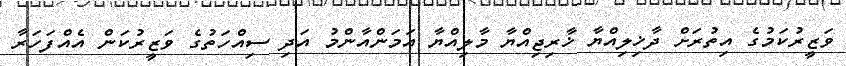
ވަޒީރުކަމުގެ އިތުރަށް ދާޚިލިއްޔާ ޚާރިޖިއްޔާ މާލިއްޔާ އަމަންއާންމު އަދި ސިއްހަތުގެ ވަޒީރުކަން އެއްފަހަރާ